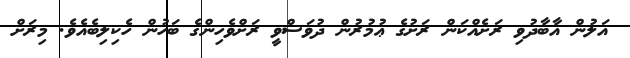
އަލުން އާބާދުވި ރަށެއްކަން ރަށުގެ ޢުމުރުން ދުވަސްވީ ރަށްވެހިންގެ ބަހުން ހެކިލިބެއެވެ. މިރަށް